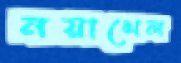
নয়াখেল